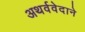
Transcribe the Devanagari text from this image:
अथर्ववेदाने